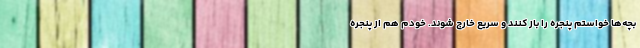
بچه‌ها خواستم پنجره را باز کنند و سریع خارج شوند. خودم هم از پنجره